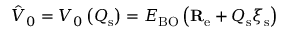
\hat { V } _ { 0 } = V _ { 0 } \left( Q _ { \mathrm { s } } \right) = E _ { \mathrm { B O } } \left( \mathbf { R } _ { \mathrm { e } } + Q _ { \mathrm { s } } \boldsymbol { \xi } _ { \mathrm { s } } \right)